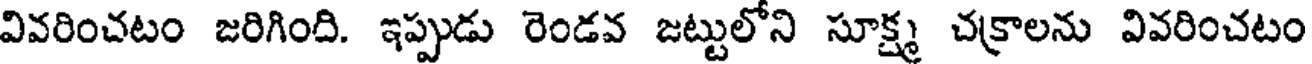
వివరించటం జరిగింది. ఇప్పుడు రెండవ జట్టులోని సూక్ష్మ చక్రాలను వివరించటం